Report on vaccination in Madras 1922-1929 - 1922-1929
Year: 1922
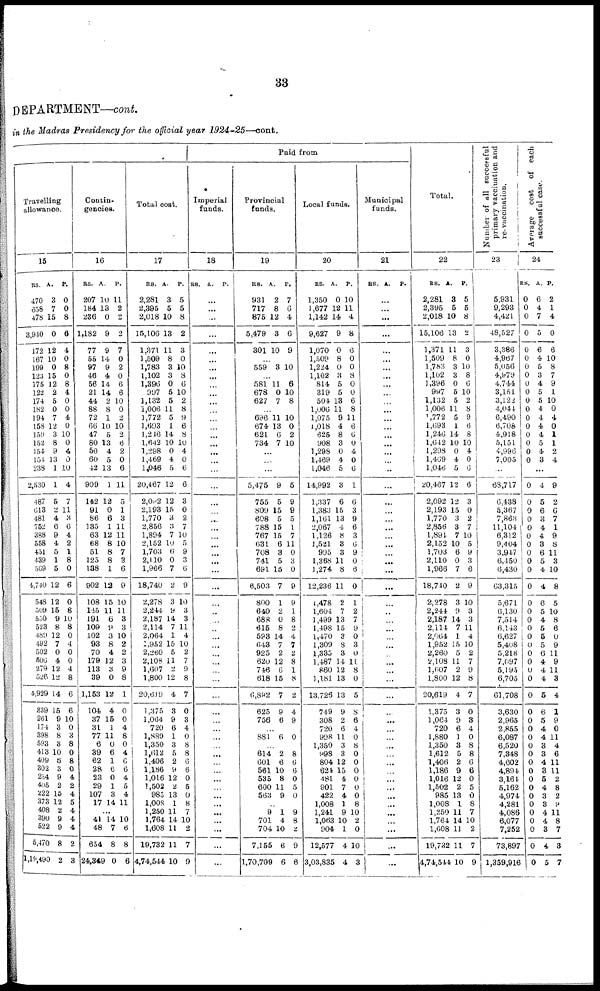
33
DEPARTMENT—cont.
in the Madras Presidency for the official year 1924-25—cont.
Travelling
allowance.
15
RS.
470
658
478
3,940
172
167
199
123
175
122
174
182
194
158
159
152
154
154
238
2,530
487
613
481
752
388
558
451
439
569
4,740
548
509
650
523
489
492
502
506
279
526
4,929
339
261
174
398
593
413
409
302
254
405
222
373
408
390
522
5,470
1,19,490
A.
3
7
15
0
12
10
0
15
12
2
5
0
7
12
3
8
9
13
1
1
5
2
4
6
9
4
5
1
5
12
12
15
9
8
12
7
0
4
12
12
14
15
9
3
8
3
10
6 3
9
2
15
12
2
9
9
8
2
P.
0
0
8
6
4
0
8
0
8
4
0
0
4
0
10
0
4
0
10
4
7
11
3
6 4
2
1
8
0
6
0
8
10
8
0
4
0
0
4
8
6
6
10
0
3
8
0
8
0
4
2
4
5
4
4
4
2
3
Contin-
gencies.
16
RS.
207
184
236
1,182
77
55
97
46
56
21
44
88
72
66
47
80
50
60
42
909
142
91
86
135
63
68
51
125
138
902
108
145
191
109
102
93
70
179
113
39
1,153
104
37
31
77
6
39
62
28
23
29
107
17
A.
10
13
0
9
9
14
9
4
14
14
2
8
1
10
5
13
4
5
13
1
12
0
6
1
12
8
8
8
1
12
15
11
6
9
3
8
4
12
3
0
12
4
15
1
11
0
6
1
6
0
1
3
14
P.
11
2
2
2
7
0
2
0
6
6
10
0
2
10
2
6
2
0
6
11
5
1
3
11
11
10
7
3
6
9
10
11
3
3
10
2
2
3
9
8
1
0
0
4
8
0
4
6
6
4
5
4
11
...
41
48
654
24,349
14
7
8
0
10
6
8
6
Total cost.
17
RS.
2,281
2,395
2,018
15,106
1,371
1,509
1,783
1,102
1,396
997
1,132
1,006
1,772
1,693
1,246
1,642
1,298
1,469
1,046
20,467
2,092
2,193
1,770
2,856
1,894
2,152
1,703
2,110
1,966
18,740
2,278
2,244
2,187
2,114
2,064
1,952
2,260
2,108
1,607
1,800
20,619
1,375
1,064
720
1,880
1,350
1,612
1,406
1,186
1,016
1,502
985
1,008
1,250
1,764
1,608
19,732
4,74,544
A.
3
5
10
13
11
8
3
3
0
5
5
11
5
1
14
10
0
4
5
12
12
15
3
3
7
10
6
0
7
2
3
9
14
7
1
15
5
11
2
12
4
3
9
6
1
3
5
2
9
12
2
13
1
11
14
11
11
10
P.
5
5
8
2
3
0
10
8
6
10
2
8
9
6
8
10
4
0
6
6
3
0
2
7
10
5
9
3
6
9
10
3
3
11
4
10
2
7
9
8
7
0
3
4
0
8
8
6
6
0
5
0
8
7
10
2
7
9
Paid from
Imperial
funds.
18
RS. A. P.
...
...
...
...
...
...
...
...
...
...
...
...
...
...
...
...
...
...
...
...
...
...
...
...
...
...
...
...
...
...
...
...
...
...
...
...
...
...
...
...
...
...
...
...
...
...
...
...
...
...
...
...
...
...
...
...
...
...
Provincial
funds.
19
RS.
931
717
875
5,479
301
A.
2
8
12
3
10
P.
7
6
4
6
9
...
559 3 10
...
581
678
627
11
0
7
6
10
8
...
696
674
621
734
11
13
6
7
10
0
2
10
...
...
...
5,475
755
809
608
788
767
631
708
741
691
6,503
800
640
688
615
593
643
925
620
746
618
6,892
625
756
9
5
15
5
15
15
6
3
5
15
7
1
2
0
8
14
7
2
12
6
15
7
9
6
5
9
9
5
1
7
11
0
3
0
9
9
1
8
2
4
7
2
8
1
8
2
4
9
...
881 6 0
...
614
601
561
535
600
563
2
6
10
8
11
9
8
6
6
0
5
0
...
9
701
704
7,155
1,70,709
1
4
10
6
6
9
8
2
9
6
Local funds.
20
RS.
1,350
1,677
1,142
9,627
1,070
1,509
1,224
1,102
814
319
504
1,006
1,075
1,018
625
908
1,298
1,469
1,046
14,992
1,337
1,383
1,161
2,067
1,126
1,521
995
1,368
1,274
12,236
1,478
1,604
1,499
1,498
1,470
1,309
1,335
1,487
860
1,181
13,726
749
308
720
998
1,350
998
804
624
481
901
422
1,008
1,241
1,063
904
12,577
3,03,835
A.
0
12
14
9
0
8
0
3
5
5
13
11
9
4
8
3
0
4
5
3
6
15
13
4
8
3
3
11
8
11
2
7
13
15
3
8
3
14
12
13
13
9
2
6
11
3
3
12
15
4
7
4
1
9
10
1
4
4
P.
10
11
4
8
6
0
0
8
0
0
6
8
11
6
6
0
4
0
6
1
6
3
9
6
3
6
9
0
6
0
1
2
7
9
0
3
0
11
8
0
5
8
6
4
0
8
0
0
0
0
0
0
8
10
2
0
10
3
Municipal
funds.
21
RS. A.
P.
...
...
...
...
...
...
...
...
...
...
...
...
...
...
...
...
...
...
...
...
...
...
...
...
...
...
...
...
...
...
...
...
...
...
...
...
...
...
...
...
...
...
...
...
...
...
...
...
...
...
...
...
...
...
...
...
...
...
Total.
22
RS.
2,281
2,395
2,018
15,106
1,371
1,509
1,783
1,102
1,396
997
1,132
1,006
1,772
1,693
1,246
1,642
1,298
1,469
1,046
20,467
2,092
2,193
1,770
2,856
l,894
2,152
1,703
2,110
1,966
18,740
2,278
2,244
2,187
2,114
2,064
1,952
2,260
2,108
1,607
1,800
20,619
1,375
1,064
720
1,880
1,350
1,612
1,406
1,186
1,016
1,502
985
1,008
1,250
1,764
1,608
19,732
4,74,544
A.
3
5
10
13
11
8
3
3
0
5
5
11
5
1
14
10
0
4
5
12
12
15
3
3
7
10
6
0
7
2
3
9
14
7
1
15
5
11
2
12
4
3
9
6
1
3
5
2
9
12
2
13
1
11
14
11
11
10
P.
5
5
8
2
3
0
10
8
6
10
2
8
9
6
8
10
4
0
6
6
3
0
2
7
10
5
9
3
6
9
10
3
3
11
4
10
2
7
9
8
7
0
3
4
0
8
8
6
6
0
5
0
8
7
10
2
7
9
Number of all successful
primary vaccination and
re-vaccination.
23
5,931
9,293
4,421
48,527
3,386
4,967
5,056
4,979
4,744
3,151
3,122
4,044
6,490
6,708
4,918
5,151
4,996
7,005
...
68,717
6,438
5,367
7,863
11,104
6,312
9,404
3,947
6,450
6,430
63,315
5,671
6,130
7,514
6,143
6,627
5,408
5,218
7,097
5,195
6,705
61,708
3,630
2,965
2,855
6,087
6,520
7,348
4,602
4,894
3,164
5,162
4,974
4,281
4,086
6,077
7,252
73,897
1,359,916
Average cost of each
successful case.
24
RS.
0
0
0
0
0
0
0
0
0
0
0
0
0
0
0
0
0
0
A.
6
4
7
5
6
4
5
3
4
5
5
4
4
4
4
5
4
3
P.
2
1
4
0
6
10
8
7
9
1
10
0
4
0
1
1
2
4
...
0
0
0
0
0
0
0
0
0
0
0
0
0
0
0
0
0
0
0
0
0
0
0
0
0
0
0
0
0
0
0
0
0
0
0
0
0
0
0
4
5
6
3
4
4
3
6
5
4
4
6
5
4
5
5
5
6
4
4
4
5
6
5
4
4
3
3
4
3
5
4
3
3
4
4
3
4
5
9
2
6
7
1
9
8
11
3
10
8
5
10
8
6
0
9
11
9
11
3
4
1
9
0
11
4
6
11
11
2
8
2
9
11
8
7
3
7